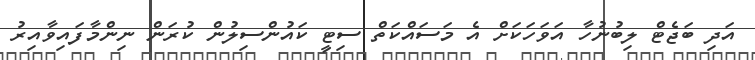
އަދި ބަޖެޓް ލިބުނުހާ އަވަހަކަށް އެ މަސައްކަތް ސިޓީ ކައުންސިލުން ކުރަން ނިންމާފައިވާއިރު